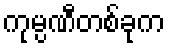
ကုမ္ပဏီတစ်ခုက